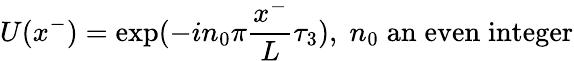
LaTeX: U(x^{-})=\exp({-in_{0}\pi{\frac{x^{-}}{L}}\tau_{3})},\; n_{0}\; \mathrm{{an\; even\; integer}}